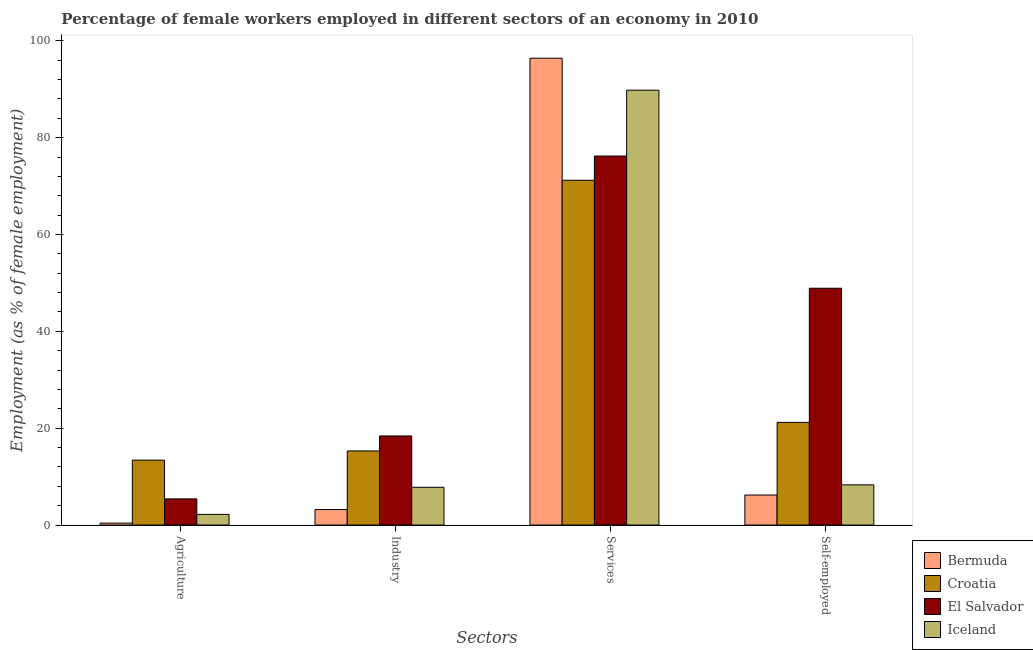
| Sectors | Bermuda | Croatia | El Salvador | Iceland |
 | --- | --- | --- | --- | --- |
 | Agriculture | 0.4 | 13.4 | 5.4 | 2.2 |
 | Industry | 3.2 | 15.3 | 18.4 | 7.8 |
 | Services | 96.4 | 71.2 | 76.2 | 89.8 |
 | Self-employed | 6.2 | 21.2 | 48.9 | 8.3 |